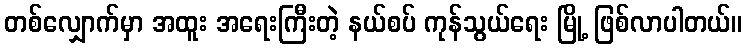
တစ်လျှောက်မှာ အထူး အရေးကြီးတဲ့ နယ်စပ် ကုန်သွယ်ရေး မြို့ ဖြစ်လာပါတယ်။